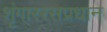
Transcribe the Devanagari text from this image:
शृंगाररसप्रधान